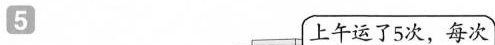
5 上午运了 5 次，每次